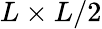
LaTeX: L\times L/2